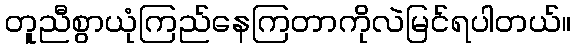
တူညီစွာယုံကြည်နေကြတာကိုလဲမြင်ရပါတယ်။